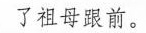
了祖母跟前。